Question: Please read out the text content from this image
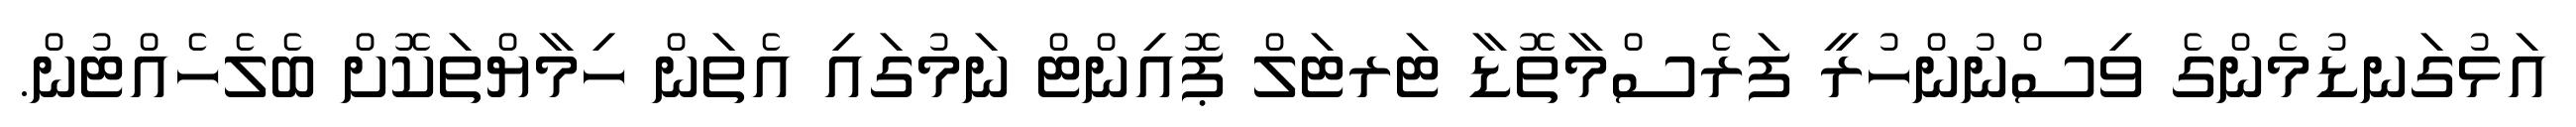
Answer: އަޅުގަނޑުމެންގެ ވިސްނުންހުރީ ފަރެސްމާތޮޑާ ޓަރޓަލް ޕޮއިންޓް ނަމުގައި އެތަން ހިމާޔްތަކޮށް ބެލެހެއްޓުން.